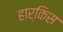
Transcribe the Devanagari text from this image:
हार्किस